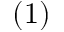
( 1 )